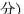
分）